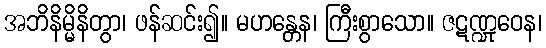
အဘိနိမ္မိနိတွာ၊ ဖန်ဆင်း၍။ မဟန္တေန၊ ကြီးစွာသော။ ဇဋဏ္ဍုဝေန၊